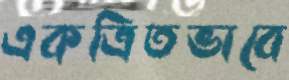
একত্রিতভাবে